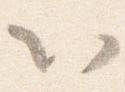
以